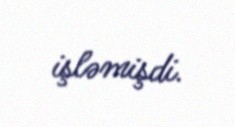
işləmişdi.